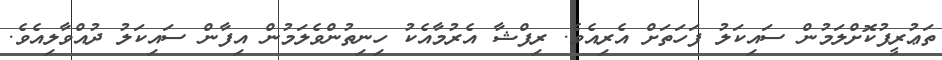
ތަޢުރީފުކޮށްލަމުން ސައިކަލު ފަހަތަށް އެރިއެވެ. ރިފްޝާ އެރުމާއެކު ހިނިތުންވެލަމުން އިފާން ސައިކަލު ދުއްވާލިއެވެ.